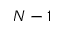
N - 1